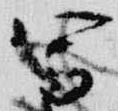
写